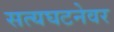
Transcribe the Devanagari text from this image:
सत्यघटनेवर